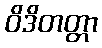
ဝိဒိတတ္တာ